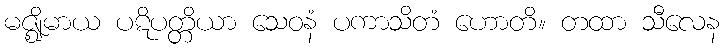
မဇ္ဈိမာယ ပဋိပတ္တိယာ သေဝနံ ပကာသိတံ ဟောတိ။ တထာ သီလေန